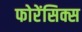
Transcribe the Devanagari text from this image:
फोरेंसिक्स